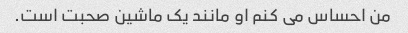
من احساس می کنم او مانند یک ماشین صحبت است.